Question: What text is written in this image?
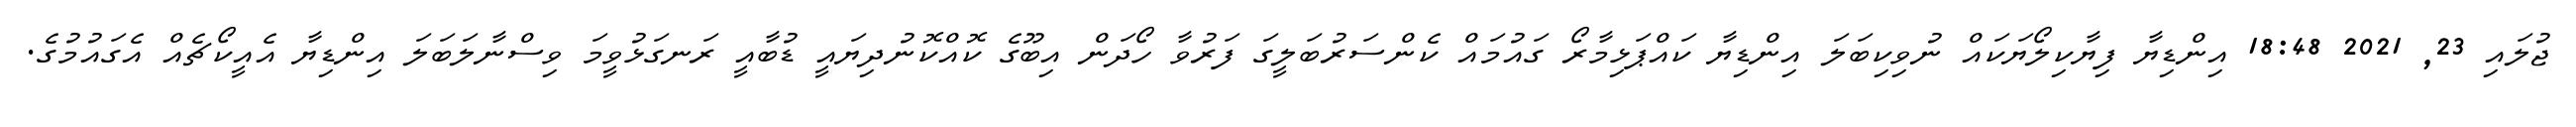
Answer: ޖުލައި 23, 2021 18:48 އިންޑިޔާ ފިޔާކިލޯޔަކައް ނުވިކިބަލަ އިންޑިޔާ ކައްޕަޅިމާރޯ ގައުމައް ކެންސަރުބަލީގަ ފަރުވާ ހޯދަން އިބޫގެ ކޮއްކޮނުދިޔައީ ޑުބާއީ ރަނގަޅުވީމަ ވިސްނާލަބަލަ އިންޑިޔާ އެއީކޯޗެއް އެގައުމުގެ.